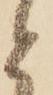
と